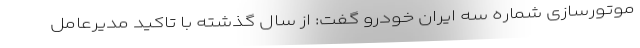
موتورسازی شماره سه ایران خودرو گفت: از سال گذشته با تاکید مدیرعامل